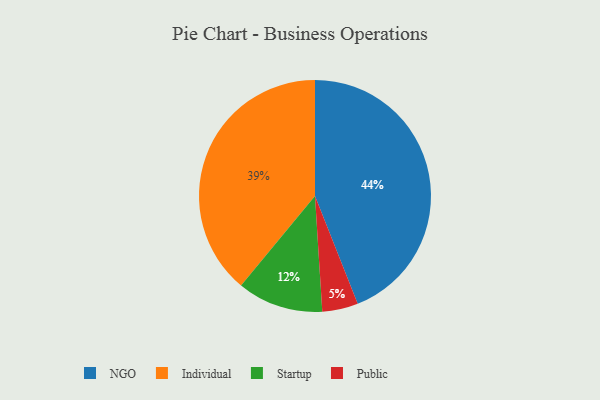
{"axis": {"x": "Category", "y": "Percentage"}, "legend": ["Individual", "NGO", "Public", "Startup"], "data": [{"x": "NGO", "y": 44, "type": "NGO"}, {"x": "Public", "y": 5, "type": "Public"}, {"x": "Startup", "y": 12, "type": "Startup"}, {"x": "Individual", "y": 39, "type": "Individual"}]}